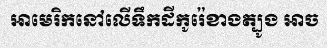
អាមេរិកនៅលើទឹកដីកូរ៉េខាងត្បូង អាច